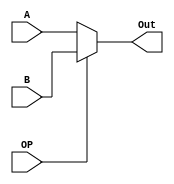
module mux1b1(
	input [0:0] A,
	input [0:0] B,
	input [0:0] OP,
	output reg [0:0] Out
);


always @(A, B, OP) begin
	if(OP==1'b0)
		Out <= A; 
	else
		Out <= B;
end

endmodule